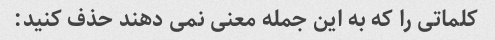
کلماتی را که به این جمله معنی نمی دهند حذف کنید: